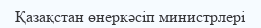
Қазақстан өнеркәсіп министрлері